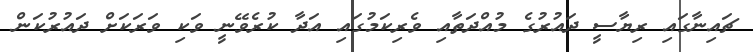
ޗައިނާގައި ރިޔާސީ ދައުރުގެ މުއްދަތާއި ވެރިކަމުގައި އަދާ ކުރެވޭނީ ވަކި ވަރަކަށް ދައުރުކަން